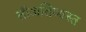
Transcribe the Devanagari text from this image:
तीअतिव्यस्त